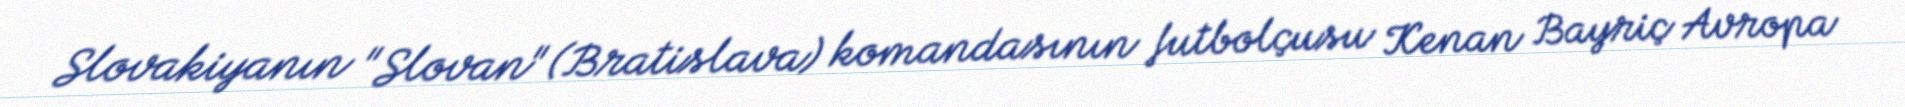
Slovakiyanın "Slovan" (Bratislava) komandasının futbolçusu Kenan Bayriç Avropa